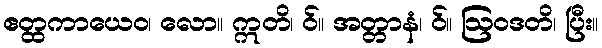
ဧတ္ထကာယေဝ၊ လော။ ဣတိ၊ ဝ်။ အတ္တာနံ၊ ဝ်။ ဩဝဒတိ၊ ပြီး။